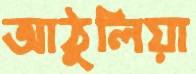
আঠুলিয়া